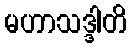
မဟာသဒ္ဒါတိ